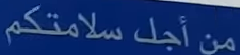
من أجل سلامتكم